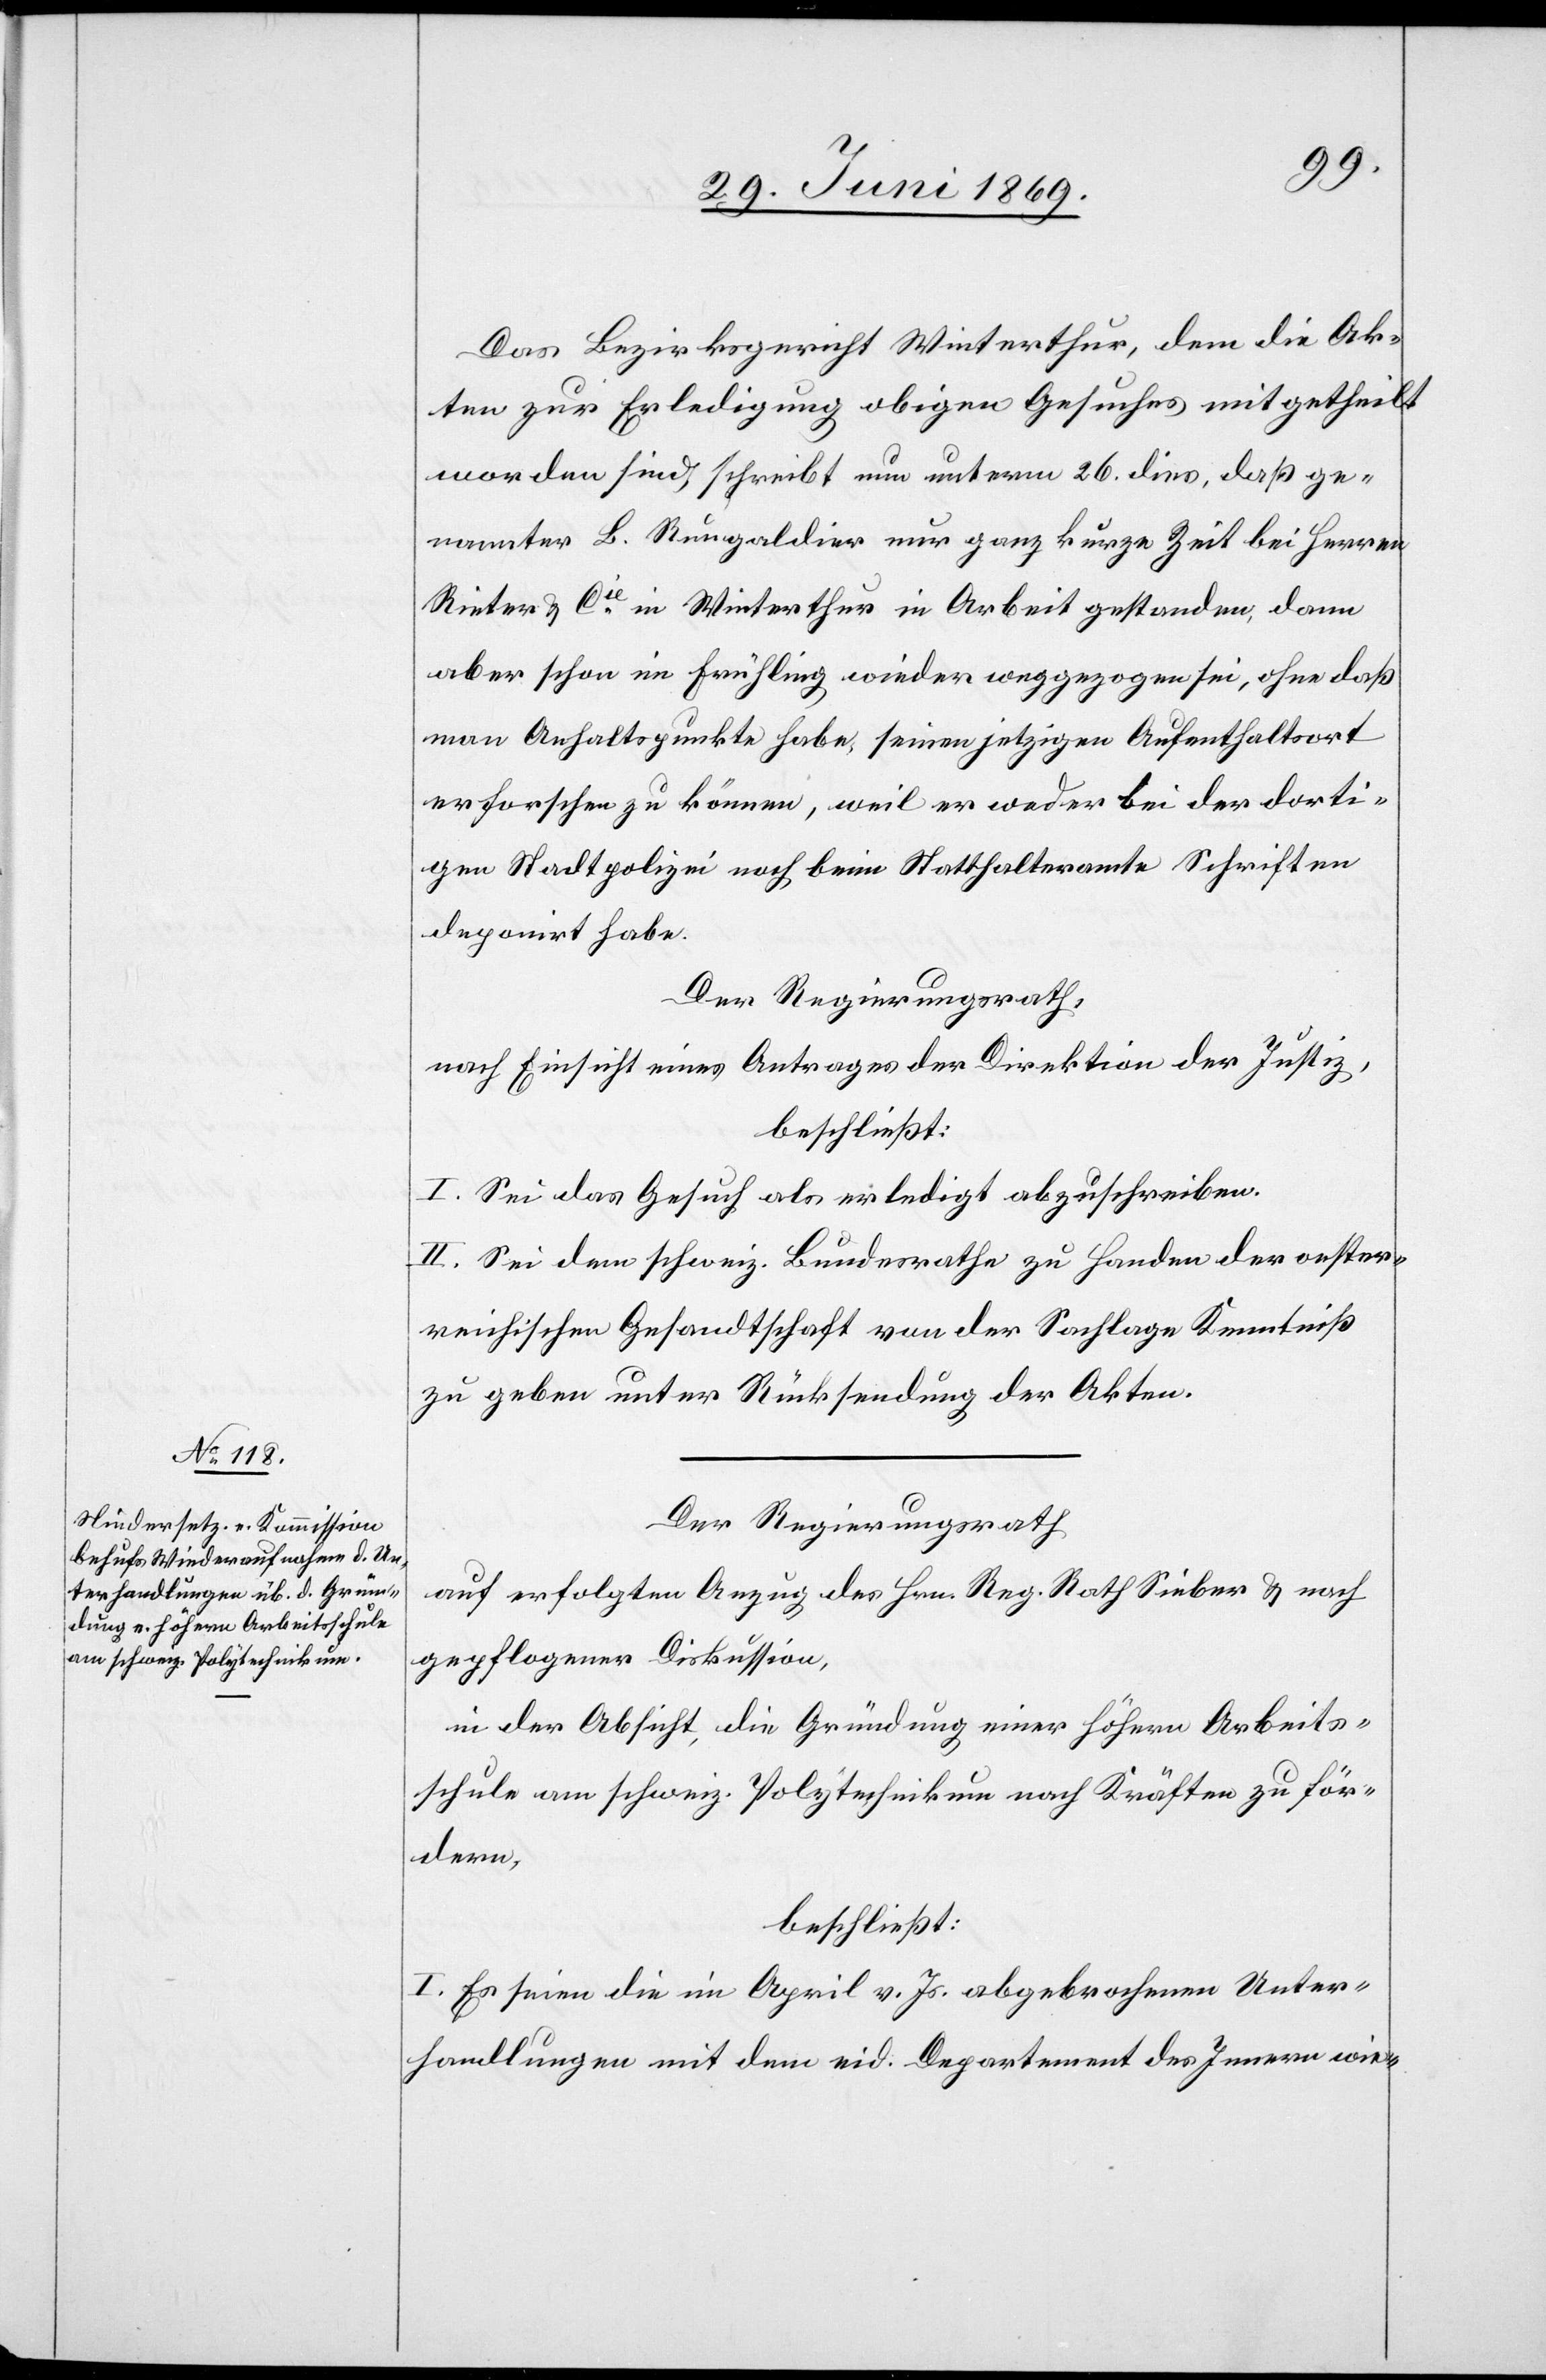
Das Bezirksgericht Winterthur, dem die Ak¬
ten zur Erledigung obigen Gesuches mitgetheilt
worden sind, schreibt nun unterm 26 dies, daß ge¬
nannter L. Rungaldier nur ganz kurze Zeit bei Herren
Rieter u. Cie in Winterthur in Arbeit gestanden, dann
aber schon im Frühling wieder weggezogen sei, ohne daß
man Anhaltspunkte habe, seinen jetztigen Aufenthaltsort
erforschen zu können, weil er weder bei der dorti¬
gen Stadtpolizei noch beim Statthalteramte Schriften
deponirt habe.
Der Regierungsrath,
nach Einsicht eines Antrages der Direktion der Justiz,
beschließt:
I. Sei das Gesuch als erledigt abzuschreiben.
II. Sei dem schweiz. Bundesrathe zu Handen der oester¬
reichischen Gesandtschaft von der Sachlage Kenntniß
zu geben unter Rücksendung der Akten.
Der Regierungsrath
auf erfolgten Anzug des Hrn. Reg. Rath Sieber u. nach
gepflogener Diskussion,
in der Absicht, die Gründung einer höhern Arbeits¬
schule am schweiz. Polytechnikum nach Kräften zu för¬
dern,
beschließt:
I. Es seien die im April v. Js. abgebrochenen Unter¬
handlungen mit dem eid. Departement des Innern wie-